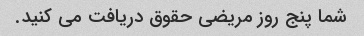
شما پنج روز مریضی حقوق دریافت می کنید.